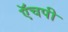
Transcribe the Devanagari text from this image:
ऍचपी